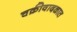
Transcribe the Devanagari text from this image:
चक्रीवादळात